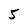
Character: 5